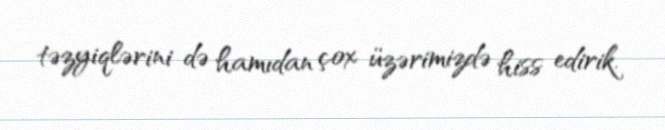
təzyiqlərini də hamıdan çox üzərimizdə hiss edirik.